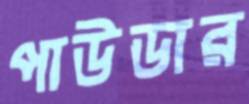
পাউডার